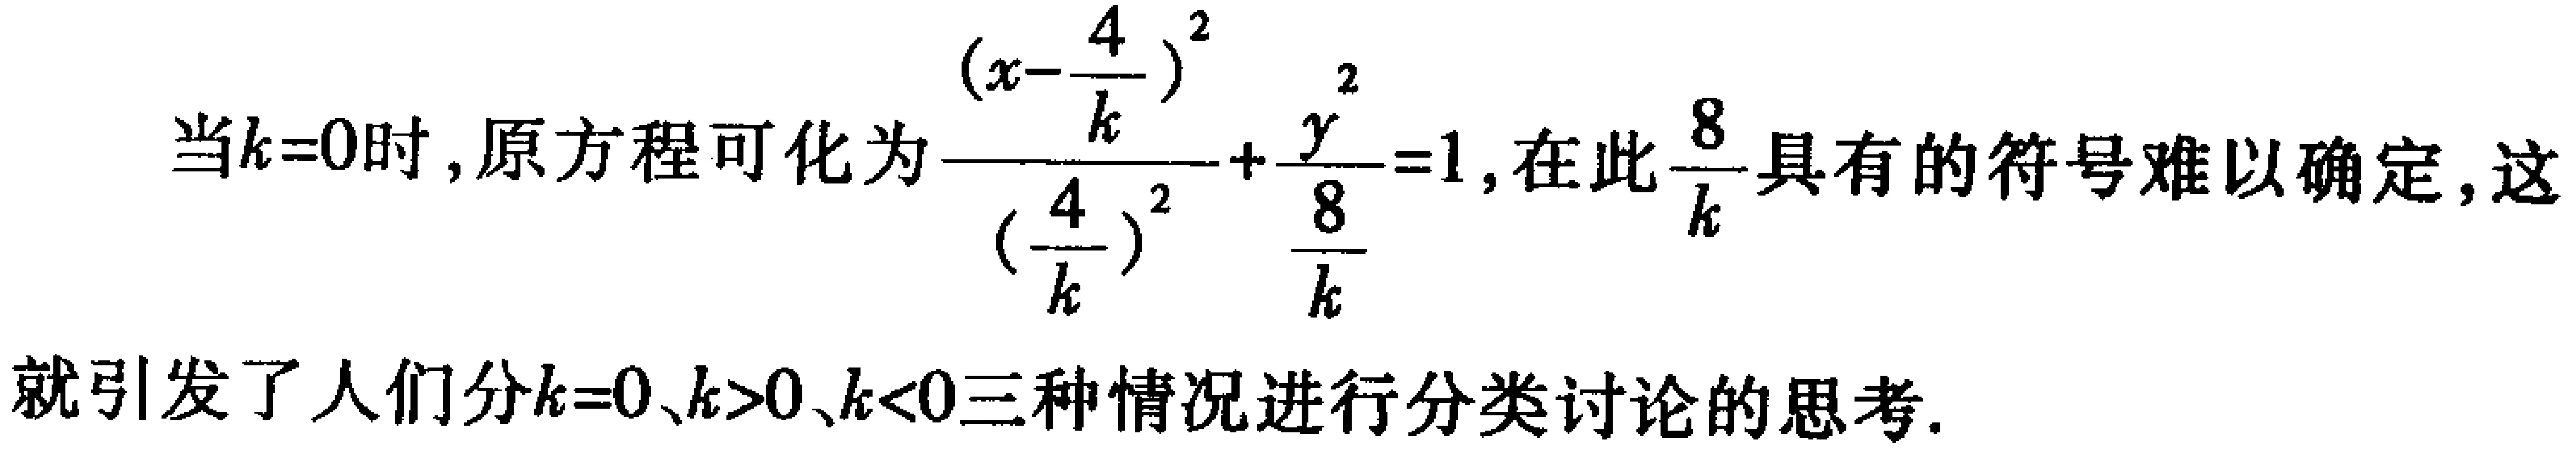
当\(k = 0\)时，原方程可化为\(\frac{(x - \frac{4}{k})^2}{(\frac{4}{k})^2} + \frac{y^2}{\frac{8}{k}} = 1\)，在此\(\frac{8}{k}\)具有的符号难以确定，这就引发了人们分\(k = 0\)、\(k>0\)、\(k<0\)三种情况进行分类讨论的思考。